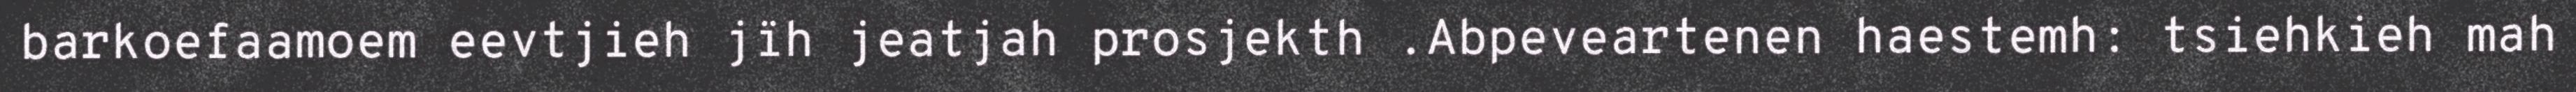
barkoefaamoem eevtjieh jïh jeatjah prosjekth .Abpeveartenen haestemh: tsiehkieh mah